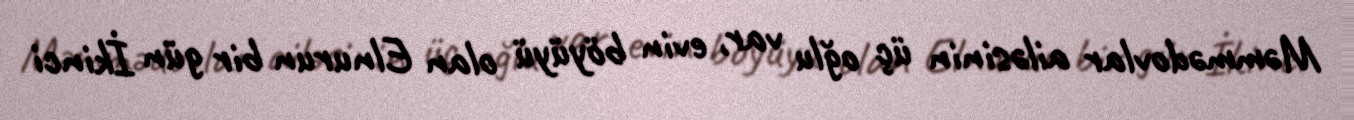
Məmmədovlar ailəsinin üç oğlu var, evin böyüyü olan Elnurun bir gün İkinci